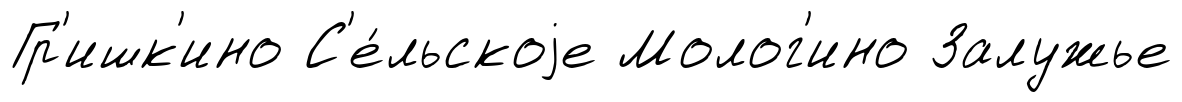
Гр'ишк'ино С'е́льскоjе Молог'ино Залужье